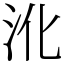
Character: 沎